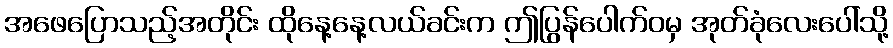
အဖေပြောသည့်အတိုင်း ထိုနေ့နေ့လယ်ခင်းက ဤပြွန်ပေါက်ဝမှ အုတ်ခုံလေးပေါ်သို့